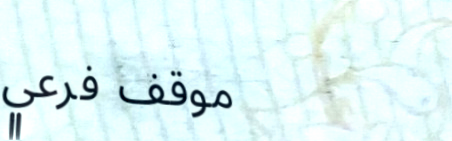
موقف فرعي